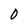
Character: 0